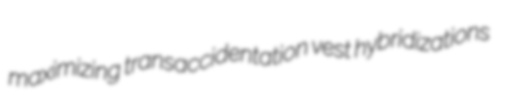
maximizing transaccidentation vest hybridizations